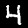
Label: 4